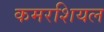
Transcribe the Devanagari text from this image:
कमरशियल